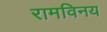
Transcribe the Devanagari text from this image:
रामविनय